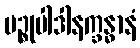
ပဉ္စုပါဒါနက္ခန္ဓာနံ